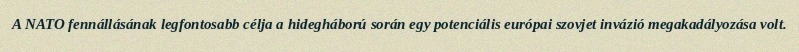
A NATO fennállásának legfontosabb célja a hidegháború során egy potenciális európai szovjet invázió megakadályozása volt.